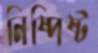
নিষ্পিষ্ট